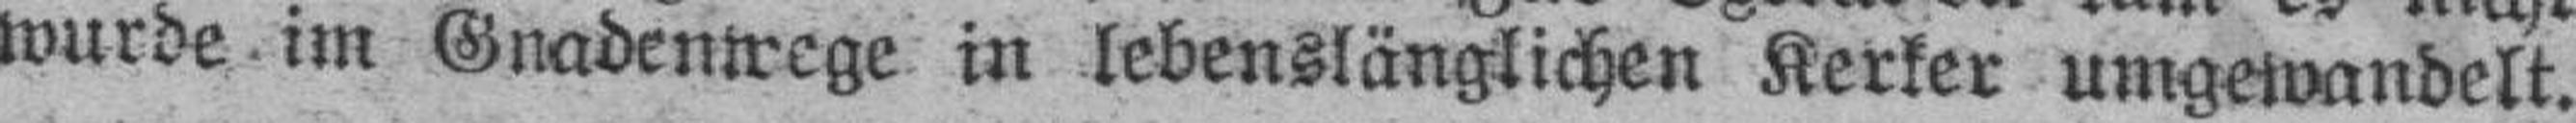
wurde im Gnadenwege in lebenslänglichen Kerker umgewandelt.